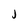
Character: J